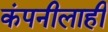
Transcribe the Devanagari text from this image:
कंपनीलाही